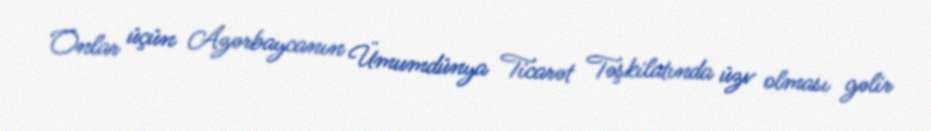
Onlar üçün Azərbaycanın Ümumdünya Ticarət Təşkilatında üzv olması gəlir